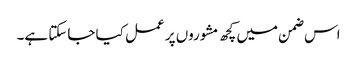
اس ضمن میں کچھ مشوروں پر عمل کیا جاسکتا ہے۔